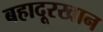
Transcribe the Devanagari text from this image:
बहादूरखान